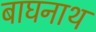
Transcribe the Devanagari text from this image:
बाघनाथ